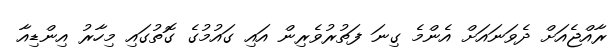
ރާއްޖެއަށް ދެވަނައަށް އެންމެ ގިނަ ފަތުރުވެރިން އައި ގައުމުގެ ގޮތުގައި މިހާރު އިންޑިއާ